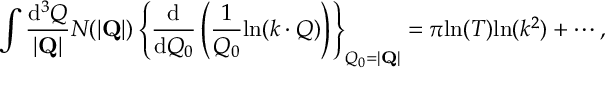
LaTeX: \int \frac { \mathrm { d } ^ { 3 } Q } { | { \bf Q } | } N ( | { \bf Q } | ) \left\{ \frac { \mathrm { d } } { \mathrm { d } Q _ { 0 } } \left( \frac { 1 } { Q _ { 0 } } \mathrm { l n } ( k \cdot Q ) \right) \right\} _ { Q _ { 0 } = | { \bf Q } | } = \pi \mathrm { l n } ( T ) \mathrm { l n } ( k ^ { 2 } ) + \cdots ,